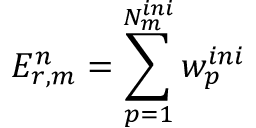
E _ { r , m } ^ { n } = \sum _ { p = 1 } ^ { N _ { m } ^ { i n i } } w _ { p } ^ { i n i }